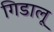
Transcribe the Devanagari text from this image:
गिडालू